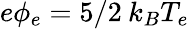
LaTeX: e\phi_{e}=5/2\: k_{B}T_{e}